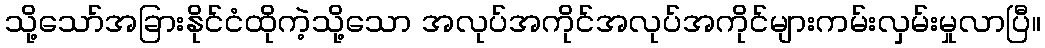
သို့သော်အခြားနိုင်ငံထိုကဲ့သို့သော အလုပ်အကိုင်အလုပ်အကိုင်များကမ်းလှမ်းမှုလာပြီ။